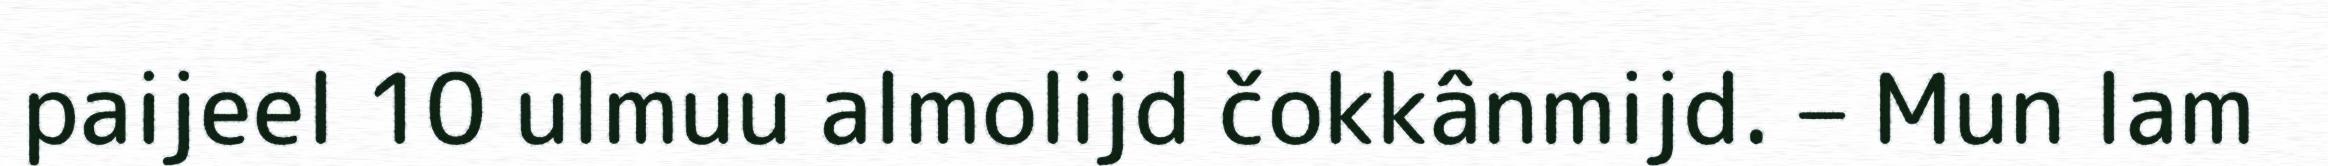
paijeel 10 ulmuu almolijd čokkânmijd. – Mun lam